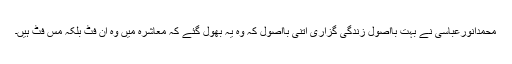
محمدانورعباسی نے بہت بااُصول زندگی گزاری اتنی بااُصول کہ وہ یہ بھول گئے کہ معاشرہ میں وہ ان فٹ بلکہ مِس فٹ ہیں۔